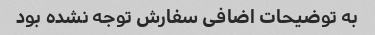
به توضیحات اضافی سفارش توجه نشده بود